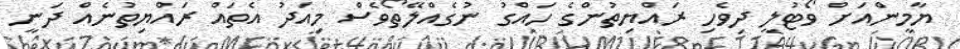
ޔާމީންއަށް ވޯޓުލީ ދިވެހި ރައްޔިތުންގެ ހައްގު ނުގެއްލޭތޯވެސް މިއަދު އެތައް ރައްޔިތުނެއް ދަނީ